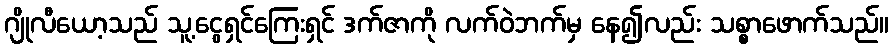
ဂျိုလီယော့သည် သူ့ငွေရှင်ကြေးရှင် ဒက်ဇာကို လက်ဝဲဘက်မှ နေ၍လည်း သစ္စာဖောက်သည်။